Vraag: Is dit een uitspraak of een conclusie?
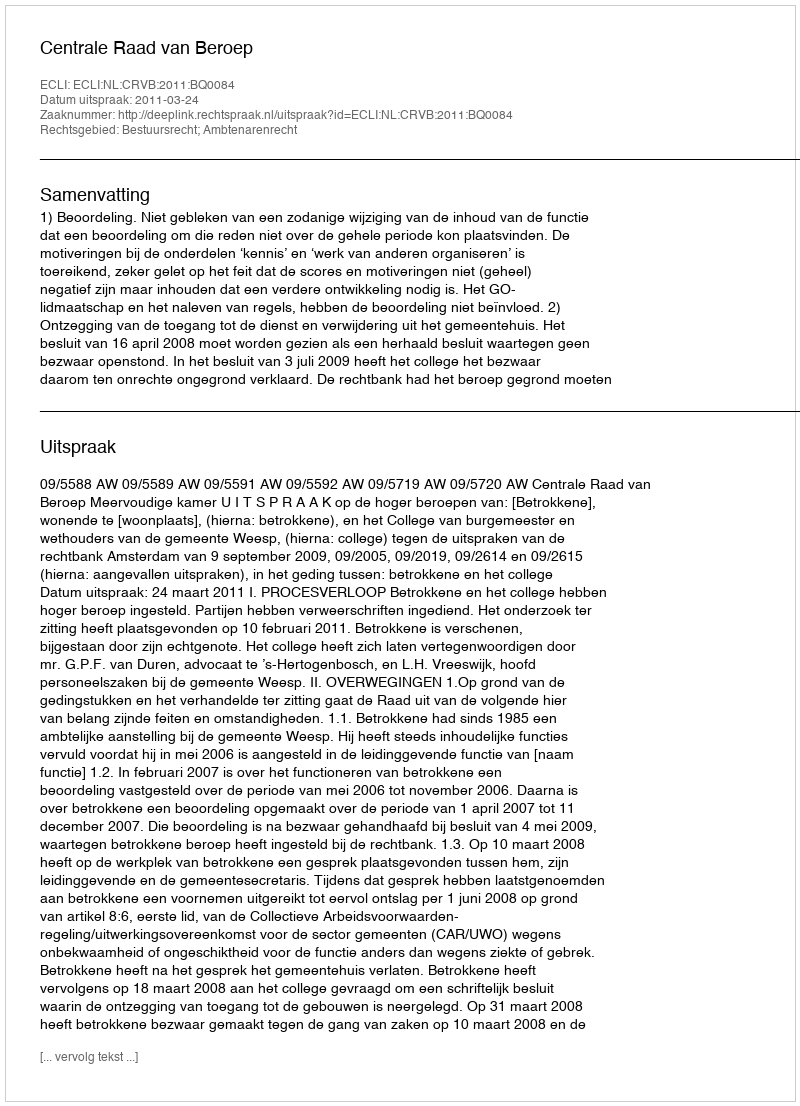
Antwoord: Uitspraak